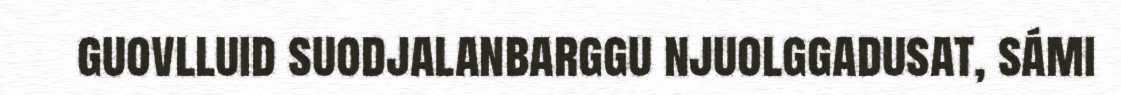
guovlluid suodjalanbarggu njuolggadusat, sámi